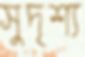
সুদৃশ্য